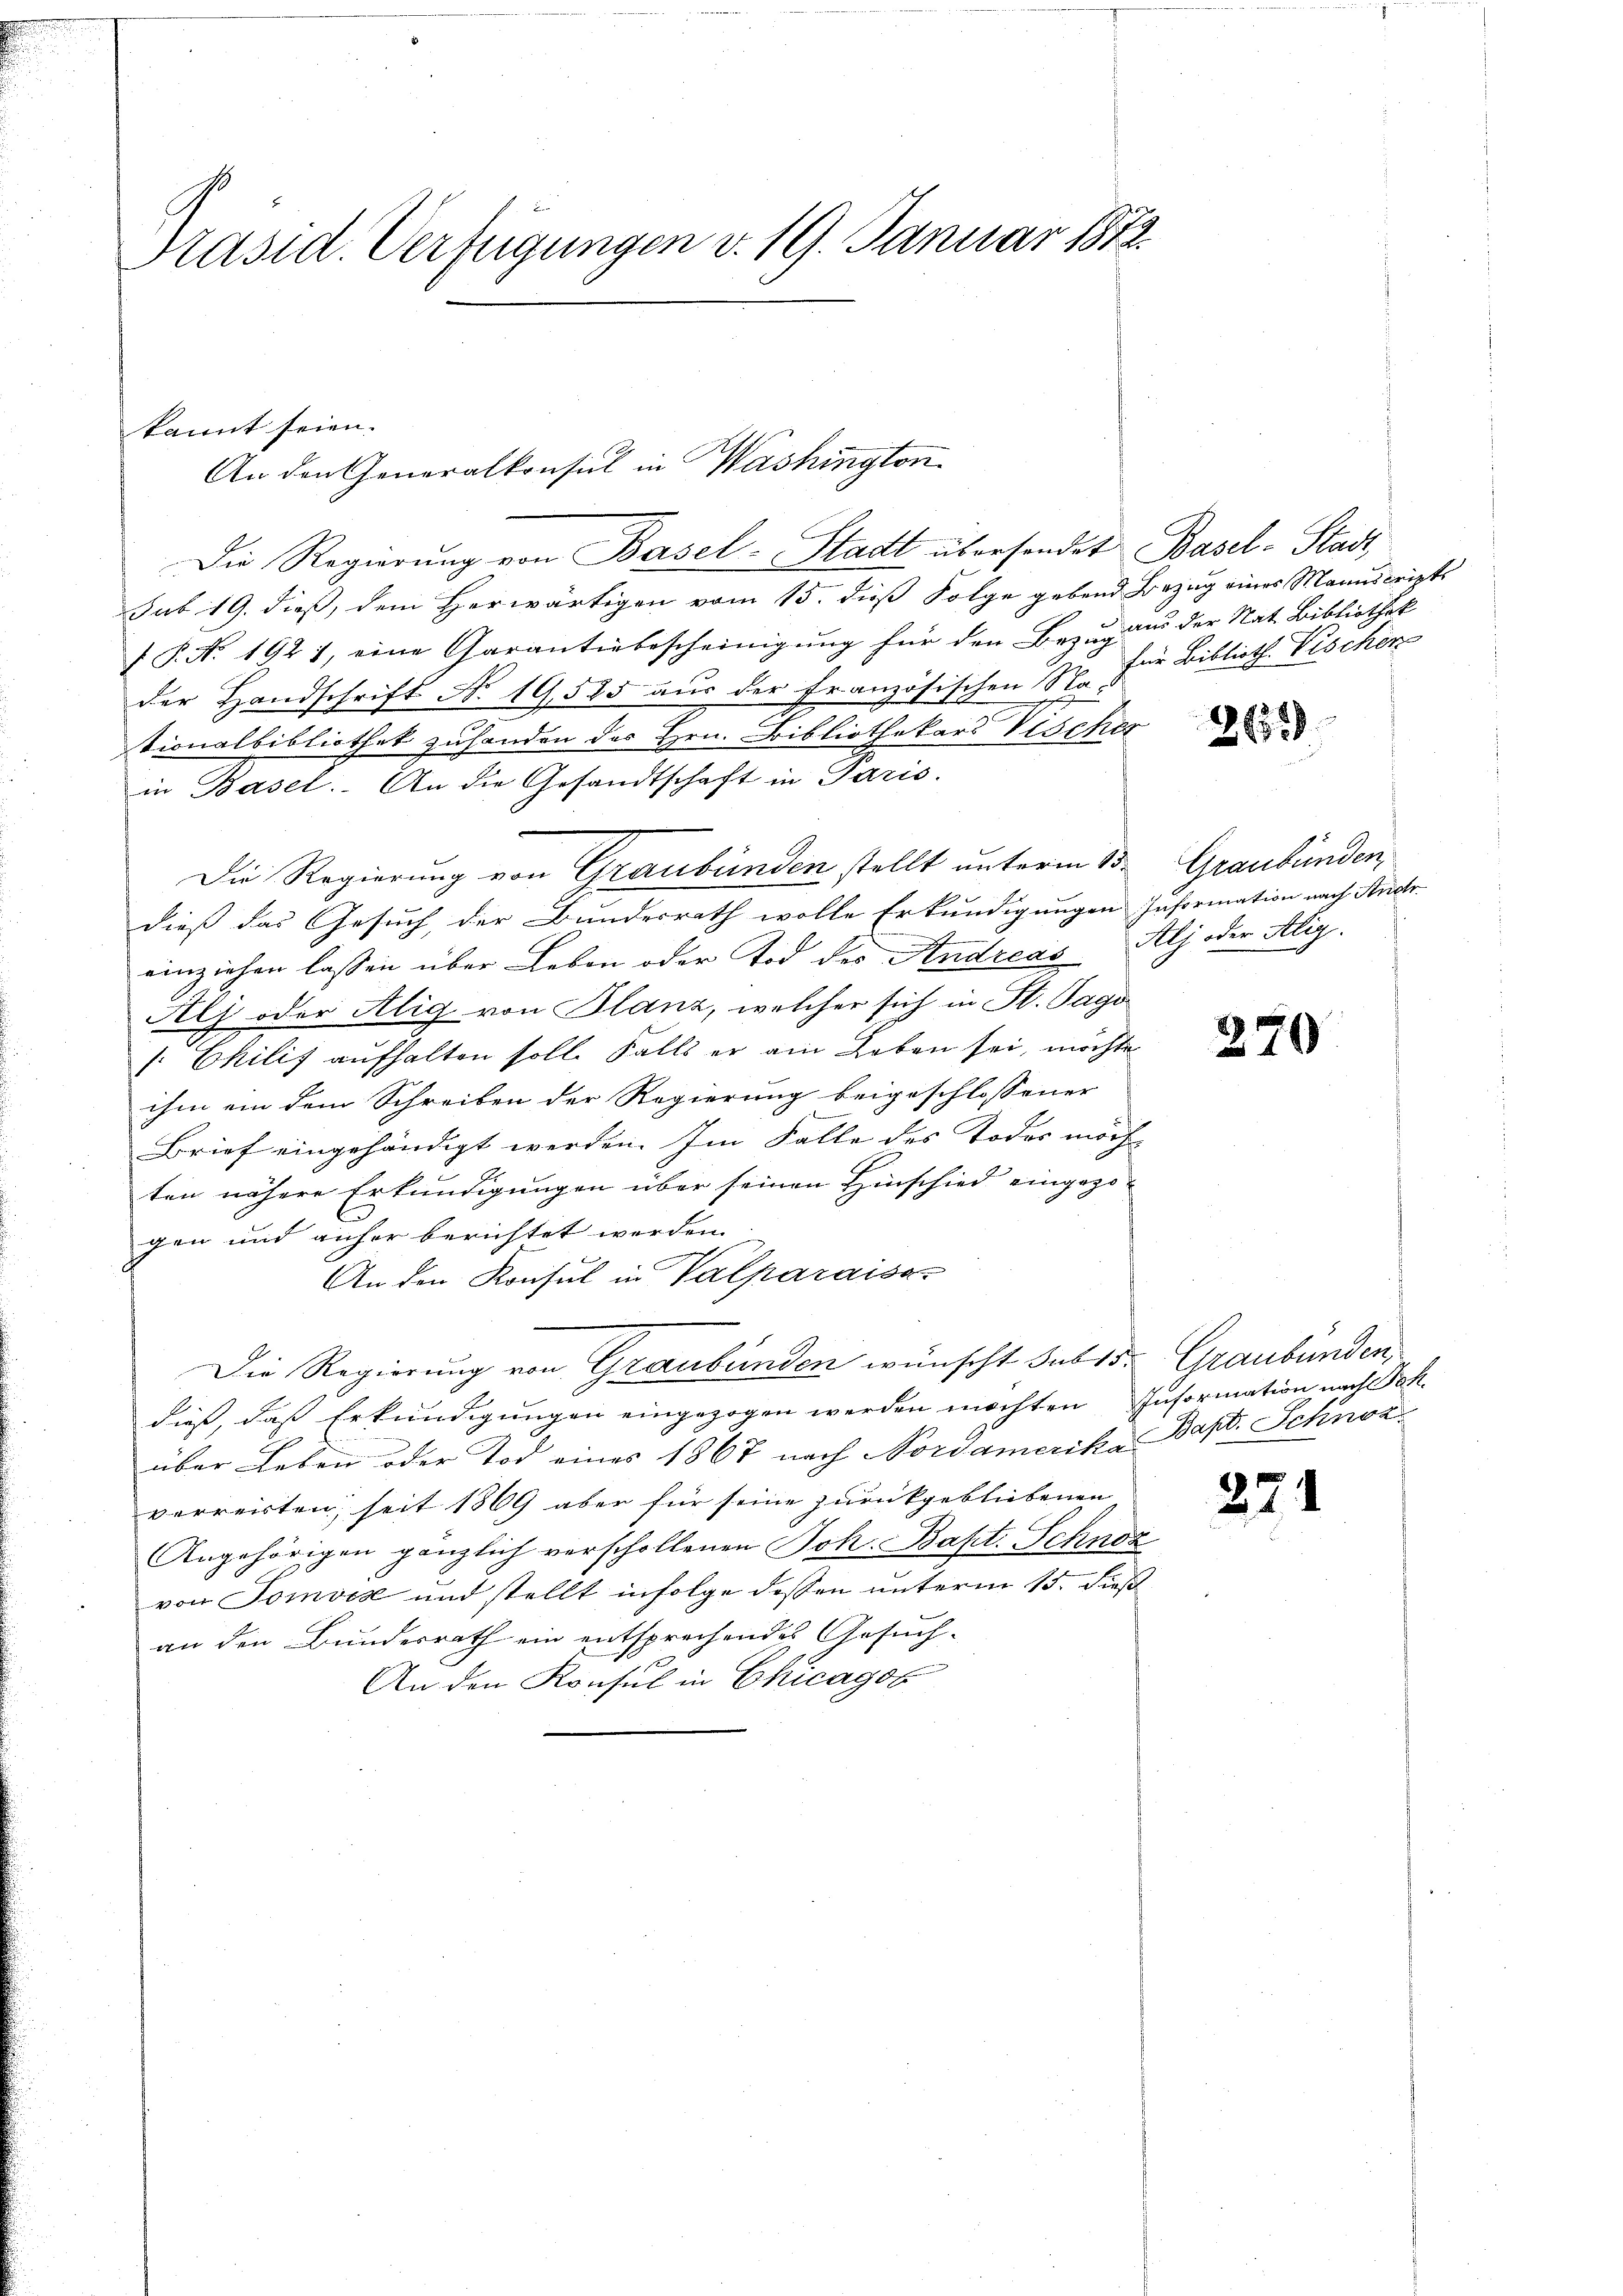
Präsid. Verfügungen v. 19. Januar 1872.

kannt seien.
An den Generalkonsul in Washington
Die Regierŭng von Basel-Stadt übersendet Basel-Stadt,
sub 19. dieß, dem Herwärtigen vom 15. dieß Folge gebend Bezug eines Manuscripts
 P. Nr. 1921, eine Garantiebescheinigung für den Bezug aus der Nat. Bibliothek
der Handschrift No. 19,525 aŭs der Französischen N. für Biblioth. Vischen
tionalbibliothek zuhanden das Hrn. Bibliothekars Vischer
in Basel. An die Gesandtschaft in Paris.
Die Regierung von Graubünden stellt unterm 13.
dieß das Gesuch der Bundesrath wolle Erkundigungen Information nach Andr
einziehen lassen über Leben oder Tod des Andreas Alj oder Alig.
Alj oder Alig von Blanz, welcher sich in St. Tags
 Chilis aufhalten soll. Falls er am Leben sei, möchte
ihm ein dem Schreiben der Regierung beigeschlossener
Brief eingehändigt werden. Im Falle des Todes möch
ten nähere Erkundigungen über seinen Hinschied eingezo-
gen und anher berichtet werden.
An den Konsul in Valparaiss
Die Regierung von Graubünden wünscht sub 15.
dieß, daß Erkundigungen eingezogen werden möchten Information nach Fak-
über Leben oder Tod eines 1867 nach Nordamerika Bapt. Schnor
verreisten, seit 1869 aber für seine zurückgebliebenen
Angehörigen gänzlich verschollenen Joh. Bapt. Schnor
von Somviz und stellt infolge dessen unterm 15. dieß
an den Bundesrath ein entsprechenden Gesuch-
An den Konsul in Chicagob

2635

Graubünden

270

Graubünden,

27

l